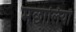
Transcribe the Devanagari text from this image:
मछालियाँ